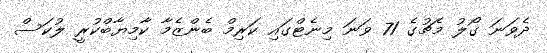
ދެވަނަ ގޯލު މެޗުގެ 71 ވަނަ މިނެޓްގައި ކަރިމް ބެންޒެމާ ކާމިޔާބްކުރީ ލުކަސް